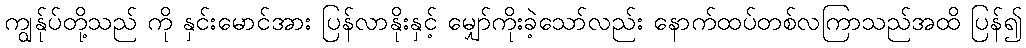
ကျွန်ုပ်တို့သည် ကို နှင်းမောင်အား ပြန်လာနိုးနှင့် မျှော်ကိုးခဲ့သော်လည်း နောက်ထပ်တစ်လကြာသည်အထိ ပြန်၍